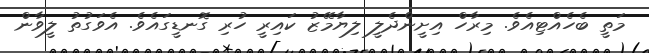
މަތީ ބެހެއްޓިއެވެ. މިރާހް އިށީންދެލީ ލިޔާމޭޒު ކައިރީ ހުރި ގޮނޑީގައެވެ. އެވަގުތު ލީވާން